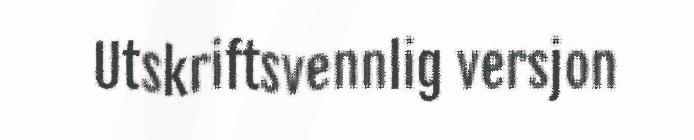
Utskriftsvennlig versjon